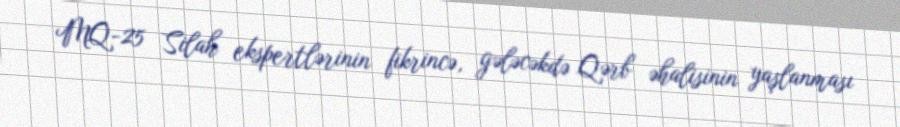
MQ-25 Silah ekspertlərinin fikrincə, gələcəkdə Qərb əhalisinin yaşlanması